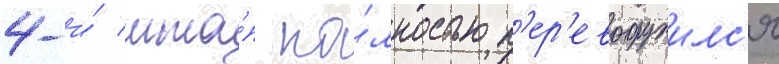
4-и́ мта́п по́лностью п'ер'евооружилс'я